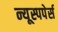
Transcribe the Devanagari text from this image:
न्यूस्पपेर्स